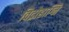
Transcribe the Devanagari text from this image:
विद्रोहाग्नि